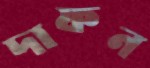
দাফন